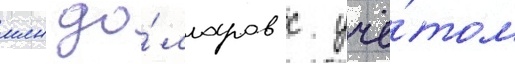
млн до́лларов с учё́том